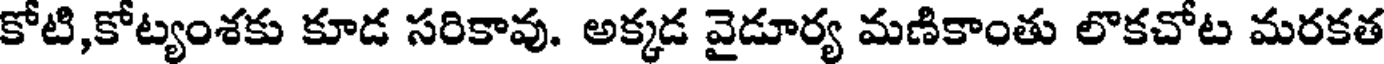
కోటి,కోట్యంశకు కూడ సరికావు. అక్కడ వైడూర్య మణికాంతు లొకచోట మరకత